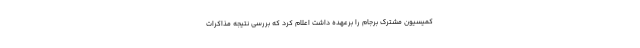
کمیسیون مشترک برجام را برعهده داشت اعلام کرد که بررسی نتیجه مذاکرات